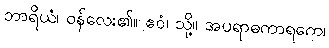
ဘာရိယံ၊ ဝန်လေး၏။ ဧဝံ၊ သို့။ အပရာဓကာရကေ၊